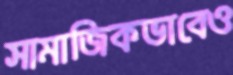
সামাজিকভাবেও